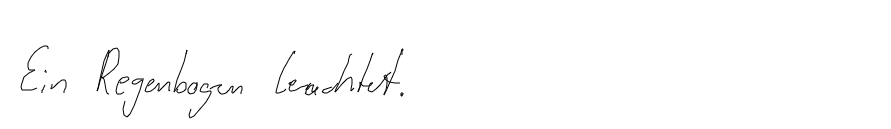
Ein Regenbogen leuchtet.